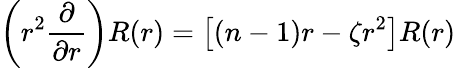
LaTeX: \left(r^{2}{\frac{\partial}{\partial r}}\right)R(r)=\left[(n-1)r-\zeta r^{2}\right]R(r)